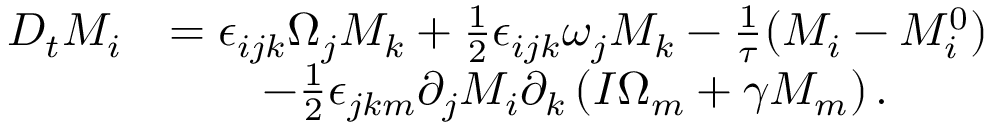
\begin{array} { r l } { D _ { t } M _ { i } } & { = \epsilon _ { i j k } \Omega _ { j } M _ { k } + \frac { 1 } { 2 } \epsilon _ { i j k } \omega _ { j } M _ { k } - \frac { 1 } { \tau } ( M _ { i } - M _ { i } ^ { 0 } ) } \\ & { \quad \quad - \frac { 1 } { 2 } \epsilon _ { j k m } \partial _ { j } M _ { i } \partial _ { k } \left( I \Omega _ { m } + \gamma M _ { m } \right) . } \end{array}